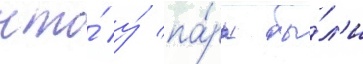
что́ у́ па́ры бы́л'и